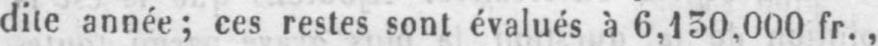
dite année; ces restes sont évalués à 6,130.000 fr.,